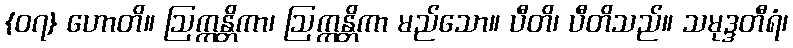
{၀၇} ဟောတိ။ ဩက္ကန္တိကာ၊ ဩက္ကန္တိကာ မည်သော။ ပီတိ၊ ပီတိသည်။ သမုဒ္ဒတီရံ၊